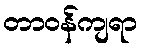
တာဝန်ကျရာ